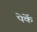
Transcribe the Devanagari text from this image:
पेर्के